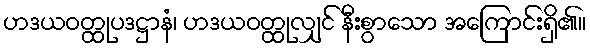
ဟဒယဝတ္ထုပဒဋ္ဌာနံ၊ ဟဒယဝတ္ထုလျှင် နီးစွာသော အကြောင်းရှိ၏။